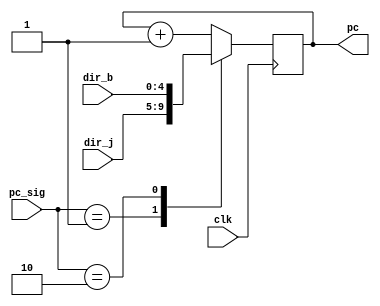
module pcounter(
    input wire clk,
    input wire [4:0] dir_j,
    input wire [4:0] dir_b,
    input wire [1:0] pc_sig,
    output reg [4:0] pc
    );
    initial
    begin
    pc = 5'hff;
    end
    
    always@(negedge clk)
        begin
        case (pc_sig)
            default:
                pc <= pc+1;
            2'b01:
                pc <= dir_j;
            2'b10:
                pc <= dir_b;    
        endcase 
        end
    
//    always@(negedge clk)
//        begin
//            pc <= pc_sig;    
//        end
    
endmodule